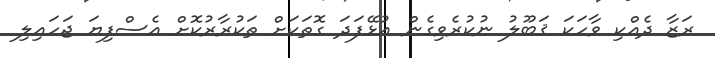
ރަޒާ ދެއްކި ވާހަކަ ޤަބޫލު ނުކުރެވިގެން އުޅޭފަދަ ގޮތަކަށް ތަކުރާރުކޮށް އެސްފިޔަ ޖަހައިލި